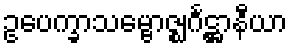
ဥပေက္ခာသမ္ဗောဇ္ဈင်္ဂဋ္ဌာနီယာ